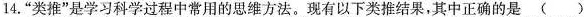
14.”类推”是学习科学过程中常用的思维方法。现有以下类推结果，其中正确的是()